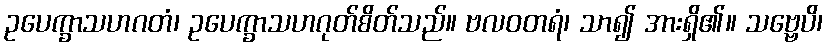
ဥပေက္ခာသဟဂတံ၊ ဥပေက္ခာသဟဂုတ်စိတ်သည်။ ဗလဝတရံ၊ သာ၍ အားရှိ၏။ သဗ္ဗေပိ၊